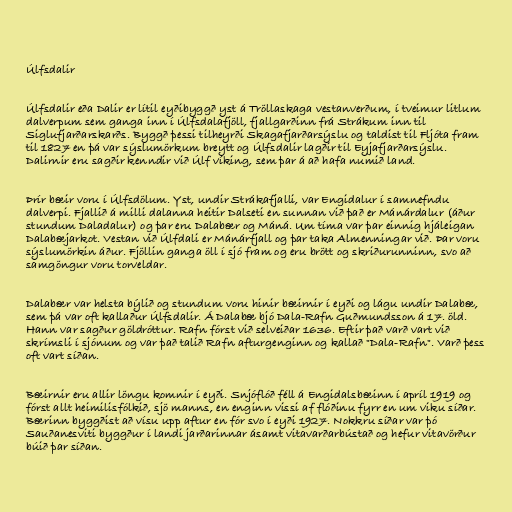
Úlfsdalir

Úlfsdalir eða Dalir er lítil eyðibyggð yst á Tröllaskaga vestanverðum, í tveimur litlum
dalverpum sem ganga inn í Úlfsdalafjöll, fjallgarðinn frá Strákum inn til
Siglufjarðarskarðs. Byggð þessi tilheyrði Skagafjarðarsýslu og taldist til Fljóta fram
til 1827 en þá var sýslumörkum breytt og Úlfsdalir lagðir til Eyjafjarðarsýslu.
Dalirnir eru sagðir kenndir við Úlf víking, sem þar á að hafa numið land.

Þrír bæir voru í Úlfsdölum. Yst, undir Strákafjalli, var Engidalur í samnefndu
dalverpi. Fjallið á milli dalanna heitir Dalseti en sunnan við það er Mánárdalur (áður
stundum Daladalur) og þar eru Dalabær og Máná. Um tíma var þar einnig hjáleigan
Dalabæjarkot. Vestan við Úlfdali er Mánárfjall og þar taka Almenningar við. Þar voru
sýslumörkin áður. Fjöllin ganga öll í sjó fram og eru brött og skriðurunninn, svo að
samgöngur voru torveldar.

Dalabær var helsta býlið og stundum voru hinir bæirnir í eyði og lágu undir Dalabæ,
sem þá var oft kallaður Úlfsdalir. Á Dalabæ bjó Dala-Rafn Guðmundsson á 17. öld.
Hann var sagður göldróttur. Rafn fórst við selveiðar 1636. Eftir það varð vart við
skrímsli í sjónum og var það talið Rafn afturgenginn og kallað "Dala-Rafn". Varð þess
oft vart síðan.

Bæirnir eru allir löngu komnir í eyði. Snjóflóð féll á Engidalsbæinn í apríl 1919 og
fórst allt heimilisfólkið, sjö manns, en enginn vissi af flóðinu fyrr en um viku síðar.
Bærinn byggðist að vísu upp aftur en fór svo í eyði 1927. Nokkru síðar var þó
Sauðanesviti byggður í landi jarðarinnar ásamt vitavarðarbústað og hefur vitavörður
búið þar síðan.